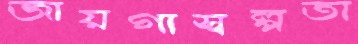
জায়গাস্বল্পতা